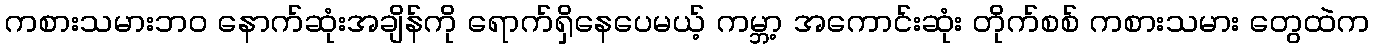
ကစားသမားဘဝ နောက်ဆုံးအချိန်ကို ရောက်ရှိနေပေမယ့် ကမ္ဘာ့ အကောင်းဆုံး တိုက်စစ် ကစားသမား တွေထဲက